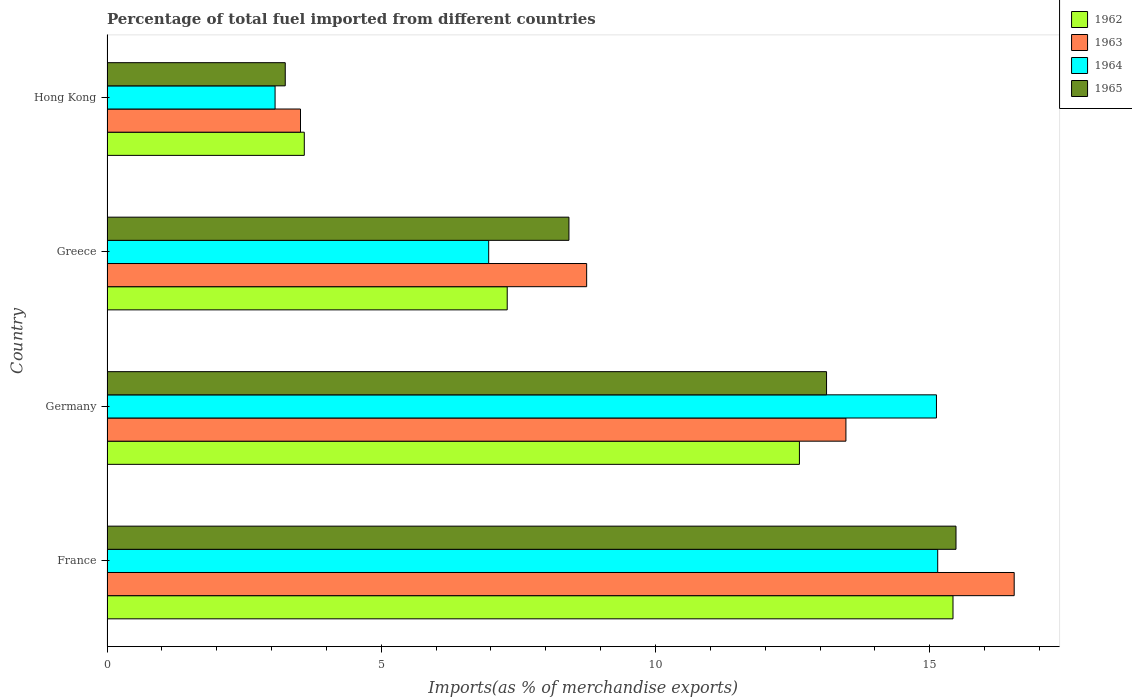
| Country | 1962 | 1963 | 1964 | 1965 |
 | --- | --- | --- | --- | --- |
 | France | 15.4 | 16.5 | 15.1 | 15.5 |
 | Germany | 12.6 | 13.5 | 15.1 | 13.1 |
 | Greece | 7.3 | 8.74 | 6.96 | 8.42 |
 | Hong Kong | 3.6 | 3.53 | 3.06 | 3.25 |